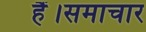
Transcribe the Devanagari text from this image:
हैं।समाचार